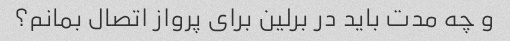
و چه مدت باید در برلین برای پرواز اتصال بمانم؟